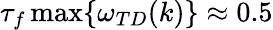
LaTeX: \tau_{f}\operatorname*{max}\{ \omega_{TD}(k)\} \approx 0.5